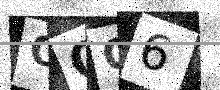
Text: OOQ6